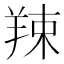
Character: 𦎏